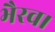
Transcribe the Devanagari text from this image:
भैरव।